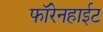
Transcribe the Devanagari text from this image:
फॉरेनहाईट